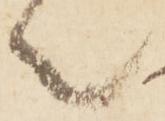
々